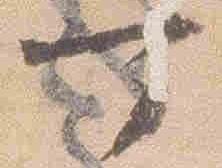
可